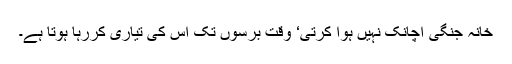
خانہ جنگی اچانک نہیں ہوا کرتی‘ وقت برسوں تک اس کی تیاری کررہا ہوتا ہے۔